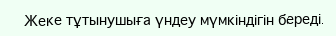
	Жеке тұтынушыға үндеу мүмкіндігін береді.